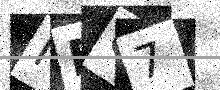
Text: IBO7